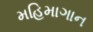
મહિમાગાન